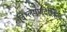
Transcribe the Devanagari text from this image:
विश्लेषणदेखिल